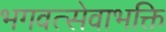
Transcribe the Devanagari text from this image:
भगवत्सेवाभक्ति